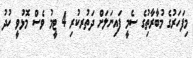
މިފަހަރުގެ މުބާރާތުިގެ ސެމީ ފައިނަލަށް ދަތުރކުރި 4 ޓީމު ވެސް މޮޅުވީ ހުދު